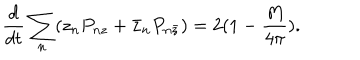
LaTeX: \frac { d } { d t } \sum _ { n } ( z _ { n } P _ { n z } + \bar { z } _ { n } P _ { n \bar { z } } ) = 2 ( 1 - \frac { M } { 4 \pi } ) .